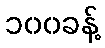
၁၀၀ခန့်